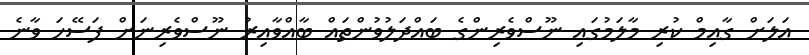
އަލަށް ގާއިމް ކުރި މާލަމުގައި ނޫސްވެރިންގެ ބައްދަލުވުންތައް ބާއްވާއިރު ނޫސްވެރިނަށް ފަސޭހަ ވާނެ